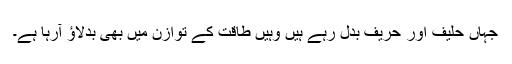
جہاں حلیف اور حریف بدل رہے ہیں وہیں طاقت کے توازن میں بھی بدلاؤ آرہا ہے۔